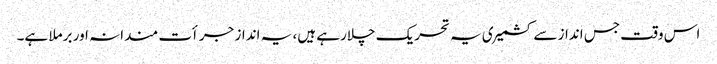
اس وقت جس انداز سے کشمیری یہ تحریک چلارہے ہیں، یہ انداز جرأت مندانہ اور برملا ہے۔